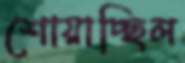
শোয়াচ্ছিল